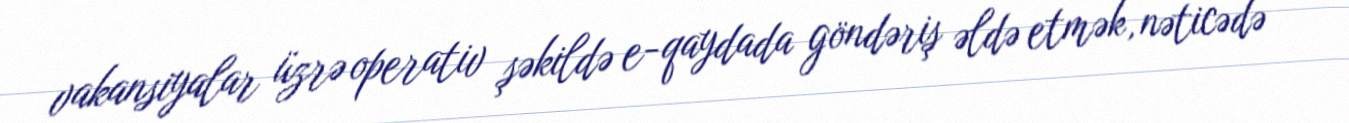
vakansiyalar üzrə operativ şəkildə e-qaydada göndəriş əldə etmək, nəticədə